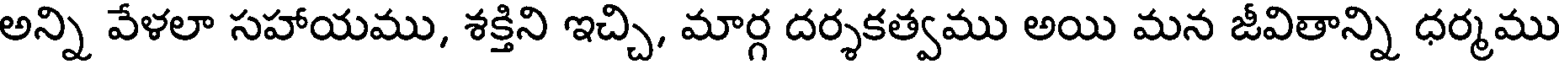
అన్ని వేళలా సహాయము, శక్తిని ఇచ్చి, మార్గ దర్శకత్వము అయి మన జీవితాన్ని ధర్మము